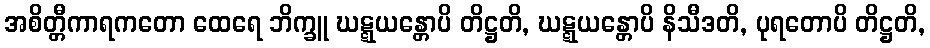
အစိတ္တီကာရကတော ထေရေ ဘိက္ခူ ဃဋ္ဋယန္တောပိ တိဋ္ဌတိ, ဃဋ္ဋယန္တောပိ နိသီဒတိ, ပုရတောပိ တိဋ္ဌတိ,